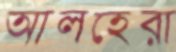
আলহেরা